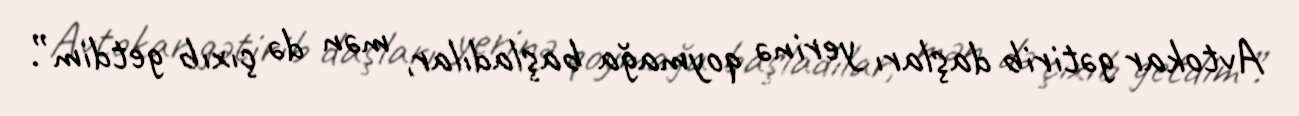
Avtokar gətirib daşları yerinə qoymağa başladılar, mən də çıxıb getdim”.